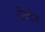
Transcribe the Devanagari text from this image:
डीपडेल